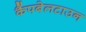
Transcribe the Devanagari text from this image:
कैंपबेलटाउन